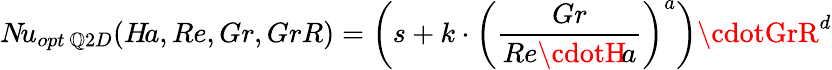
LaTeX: N\! u_{opt\ \mathbb{Q}2D}(H\! a,Re,Gr,GrR)=\left(s+k\cdot\left(\frac{{Gr}}{{Re\cdotH\! a}}\right)^{a}\right)\cdotGrR^{d}